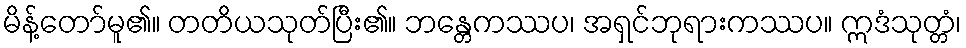
မိန့်တော်မူ၏။ တတိယသုတ်ပြီး၏။ ဘန္တေကဿပ၊ အရှင်ဘုရားကဿပ။ ဣဒံသုတ္တံ၊